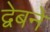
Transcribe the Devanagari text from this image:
द्वेबने